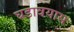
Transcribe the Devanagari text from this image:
घडावयास